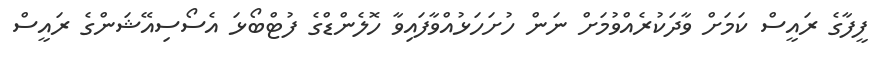
ފީފާގެ ރައީސް ކަމަށް ވާދަކުރެއްވުމަށް ނަން ހުށަހަޅުއްވާފައިވާ ހޮލެންޑްގެ ފުޓްބޯޅަ އެސޯސިއޭޝަންގެ ރައީސް